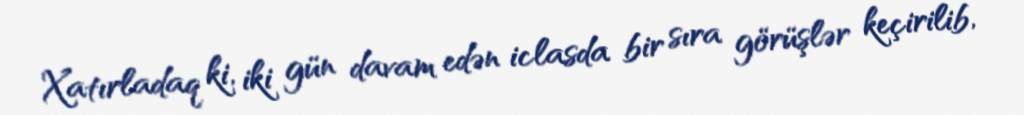
Xatırladaq ki, iki gün davam edən iclasda bir sıra görüşlər keçirilib,